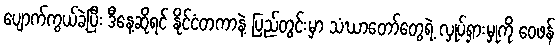
ပျောက်ကွယ်ခဲ့ပြီး ဒီနေ့ဆိုရင် နိုင်ငံတကာနဲ့ ပြည်တွင်းမှာ သံဃာတော်တွေရဲ့ လှုပ်ရှားမှုကို ဝေဖန်